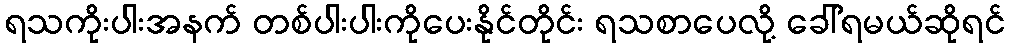
ရသကိုးပါးအနက် တစ်ပါးပါးကိုပေးနိုင်တိုင်း ရသစာပေလို့ ခေါ်ရမယ်ဆိုရင်